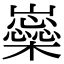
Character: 𡾚